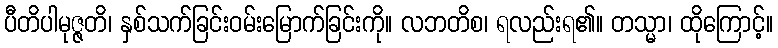
ပီတိပါမုဇ္ဇတိ၊ နှစ်သက်ခြင်းဝမ်းမြောက်ခြင်းကို။ လဘတိစ၊ ရလည်းရ၏။ တသ္မာ၊ ထိုကြောင့်။